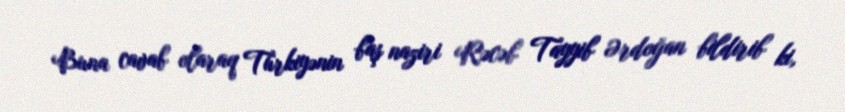
Buna cavab olaraq Türkiyənin baş naziri Rəcəb Tayyib Ərdoğan bildirib ki,